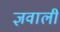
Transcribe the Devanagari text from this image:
ज्ञवाली